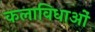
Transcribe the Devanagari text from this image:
कलाविधाओं